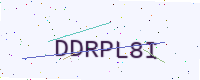
Text: DDRPL8I